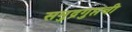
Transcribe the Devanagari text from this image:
समुद्रगुप्तची